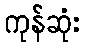
ကုန်ဆုံး